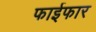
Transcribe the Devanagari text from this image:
फाईफार